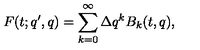
F ( t ; q ^ { \prime } , q ) = \sum _ { k = 0 } ^ { \infty } \Delta q ^ { k } B _ { k } ( t , q ) ,